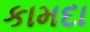
કામદા